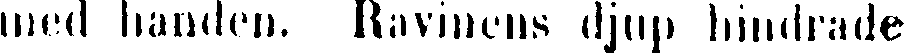
med handen. Ravinens djup hindrade